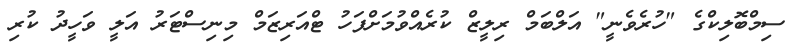
ސިމްބޮލިކްގެ "ހުރެވެނީ" އަލްބަމް ރިލީޒް ކުރެއްވުމަށްފަހު ޓްއަރިޒަމް މިނިސްޓަރު އަލީ ވަހީދު ކުރި